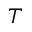
T